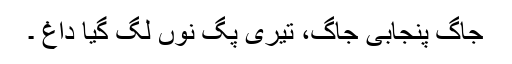
جاگ پنجابی جاگ، تیری پگ نوں‌ لگ گیا داغ‌ ۔